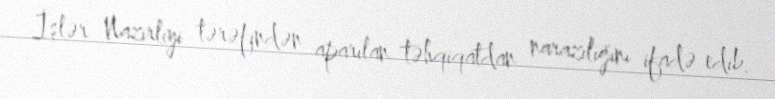
İşlər Nazirliyi tərəfindən aparılan təhqiqatdan narazılığını ifadə edib.